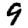
Digit: 9